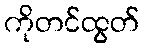
ကိုတင်ထွတ်